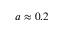
a \approx 0 . 2